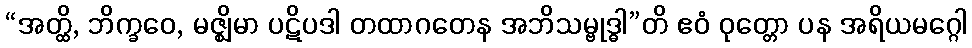
“အတ္ထိ, ဘိက္ခဝေ, မဇ္ဈိမာ ပဋိပဒါ တထာဂတေန အဘိသမ္ဗုဒ္ဓါ”တိ ဧဝံ ဝုတ္တော ပန အရိယမဂ္ဂေါ